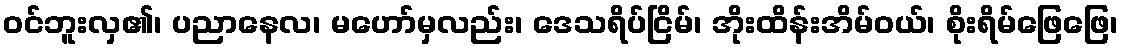
ဝင်ဘူးလှ၏၊ ပညာနေလ၊ မဟော်မှလည်း၊ ဒေသရိပ်ငြိမ်၊ အိုးထိန်းအိမ်ဝယ်၊ စိုးရိမ်ဖြေဖြေ၊